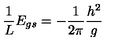
{ \frac { 1 } { L } } E _ { g s } = - { \frac { 1 } { 2 \pi } } { \frac { h ^ { 2 } } { g } }